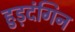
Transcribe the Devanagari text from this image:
हुड़दंगिन